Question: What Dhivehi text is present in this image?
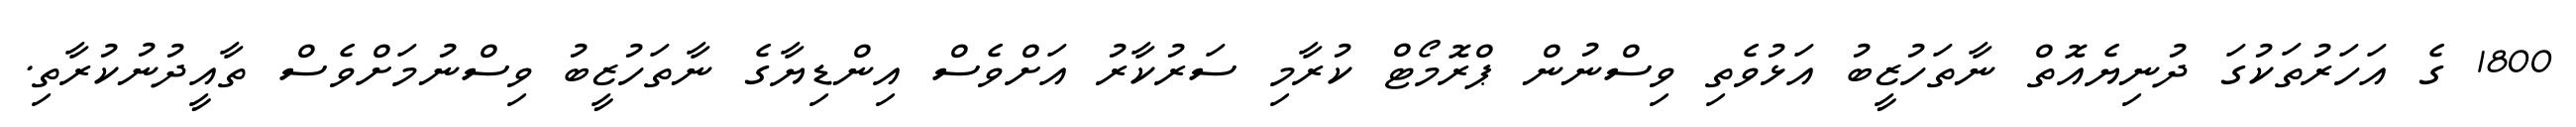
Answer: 1800 ގެ އަހަރުތަކުގަ ދުނިޔެއޮތް ނާތަހުޒީބު އަޅުވެތި ވިސްނުން ޕްރޮމޯޓް ކުރާމި ސަރުކާރު އަށްވެސް އިންޑިޔާގެ ނާތަހުޒީބު ވިސްނުމަށްވެސް ތާއީދުނުކުރާތި.